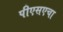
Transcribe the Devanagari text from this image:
पीएसएचा